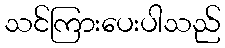
သင်ကြားပေးပါသည်